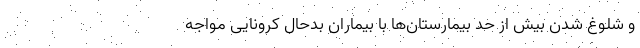
و شلوغ شدن بیش از حد بیمارستان‌ها با بیماران بدحال کرونایی مواجه